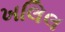
ખલિલ